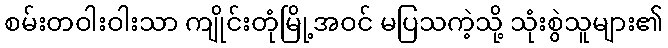
စမ်းတဝါးဝါးသာ ကျိုင်းတုံမြို့အဝင် မပြသကဲ့သို့ သုံးစွဲသူများ၏